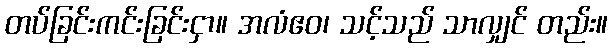
တပ်ခြင်းကင်းခြင်းငှာ။ အလံဧဝ၊ သင့်သည် သာလျှင် တည်း။